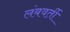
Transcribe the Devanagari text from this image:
लंबवर्ती